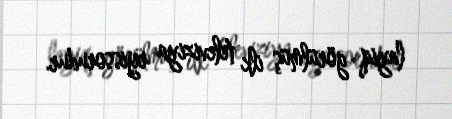
layiq görülmüş ilk televiziya rejissorudur.